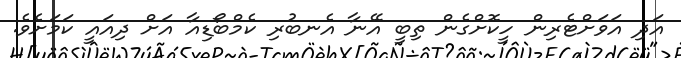
އަދި އަވަށްޓެރިން ހީކޮށްގެން ތިބީ އޭނާ އެނބުރި ކެމްބޯޑިއާ އަށް ދިއައީ ކަމަށެވެ.